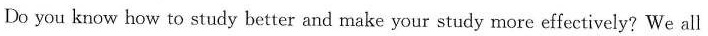
Do you know how to study better and make your study more effectively？We all